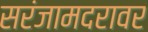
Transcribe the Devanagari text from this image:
सरंजामदरावर